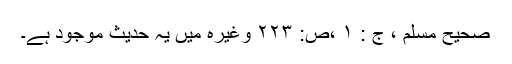
صحیح مسلم ، ج : ۱ ،ص: ۲۲۳ وغیرہ میں یہ حدیث موجود ہے۔